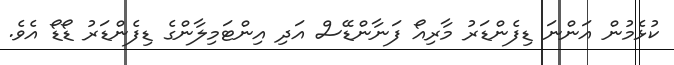
ކުޅެމުން އަންނަ ޑިފެންޑަރު މާރިއޯ ފަނާންޑޭސް އަދި އިންޓަމިލާންގެ ޑިފެންޑަރު ޑޯޑޯ އެވެ.